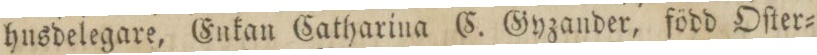
husdelegare, Enkan Catharina C. Gyzander, född Oſter=